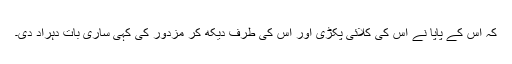
کہ اس کے پاپا نے اس کی کلائی پکڑی اور اس کی طرف دیکھ کر مزدور کی کہی ساری بات دُہراد دی۔